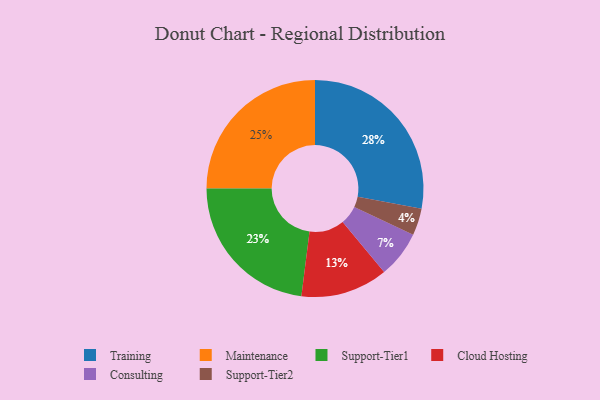
{"axis": {"x": "Category", "y": "Percentage"}, "legend": ["Cloud Hosting", "Consulting", "Maintenance", "Support-Tier1", "Support-Tier2", "Training"], "data": [{"x": "Training", "y": 28, "type": "Training"}, {"x": "Support-Tier1", "y": 23, "type": "Support-Tier1"}, {"x": "Support-Tier2", "y": 4, "type": "Support-Tier2"}, {"x": "Consulting", "y": 7, "type": "Consulting"}, {"x": "Cloud Hosting", "y": 13, "type": "Cloud Hosting"}, {"x": "Maintenance", "y": 25, "type": "Maintenance"}]}